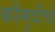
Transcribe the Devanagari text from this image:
कौमुदीचे